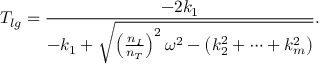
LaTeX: T _ { l g } = { \frac { - 2 k _ { 1 } } { - k _ { 1 } + \sqrt { \left( { \frac { n _ { I } } { n _ { T } } } \right) ^ { 2 } \omega ^ { 2 } - \left( k _ { 2 } ^ { 2 } + \cdots + k _ { m } ^ { 2 } \right) } } } .